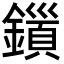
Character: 𮣍